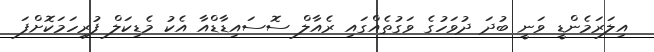
އިލަރަމެންޑީ ވަނީ ބުދަ ދުވަހުގެ ވަގުތެއްގައި ރެއާލް ސޮސައިޑާޑްއާ އެކު މެޑިކަލް ފުރިހަމަކޮށްފަ